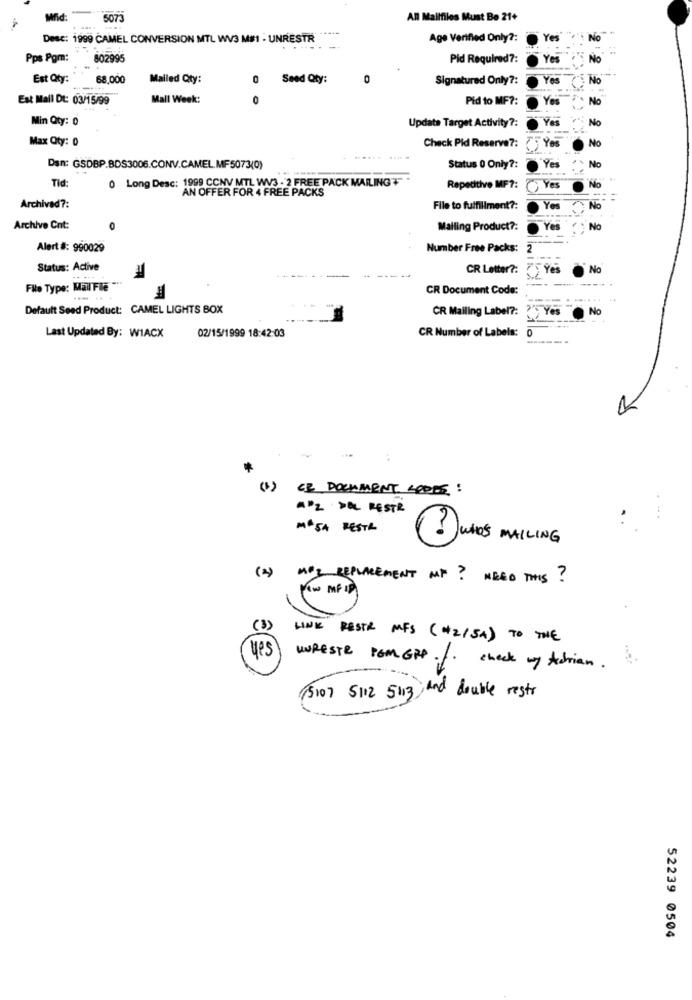
Mfid:
5073
All Mailfiles Must Be 21+
.-
Desc: 1999 CAMEL CONVERSION MTL WV3 M#1 - UNRESTR
Age Verified Only ?:
Pps Pgm: 802995
Pid Required ?:
Est Qty:
68,000
Mailed Qty:
0
Sead Qty:
0
Signatured Only ?:
Est Mall Dt: 03/15/99
Mall Week:
0
Pid to MF ?:
No
Min Qty: 0
No
Update Target Activity ?:
Max Qty: 0
No
Check Pid Reserve ?:
Yes
No
Dan: GSDBP.BDS3006.CONV.CAMEL.MF5073(0)
Status 0 Only ?:
Yes
Tid:
0 Long Desc: 1999 CCNV MTL WV3 - 2 FREE PACK MAILING +
AN OFFER FOR 4 FREE PACKS
Repetitive MF ?:
Yes
Archived ?:
File to fulfillment ?:
Yes
Archive Cnt:
Mailing Product ?:
Yes
No
Alert #: 990029
Number Free Packs:
2
Status: Active
CR Letter ?:
75 96
No
File Type: Mail Fle """
CR Document Code:
Default Seed Product: CAMEL LIGHTS BOX
CR Mailing Label ?:
?" Yes
No
-----
Last Updated By: WIACX
02/15/1999 18:42:03
CR Number of Labels:
-------
(1)
CE DOCUMENT SOPPS:
AZ DEL RESTR
MASA RESTA
UND'S MAILING
(2)
MP3 REPLACEMENT MF? NEED THIS?
New MF IP
(3)
LINK RESTR MFS ( +2/5A) TO THE
yes
WORESTR PGM GRP .f. check my Adrian ..
(5107 5112 5013 And double restr
52239 0504